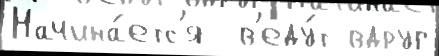
Начина́етс'я  в'еду́т вдруг